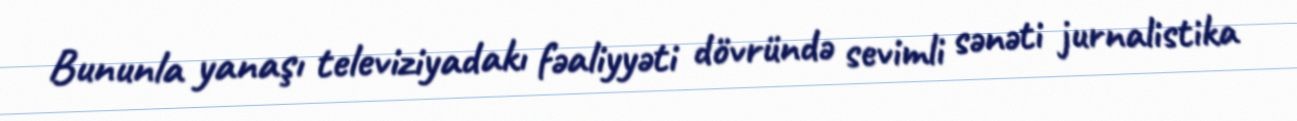
Bununla yanaşı televiziyadakı fəaliyyəti dövründə sevimli sənəti jurnalistika